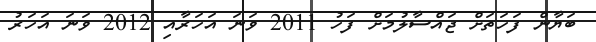
ބަޔާން ފަހަތަށް ޖައްސާލުމަށް ފަހު 2011 ވަނަ އަހަރާއި 2012 ވަނަ އަހަރު